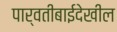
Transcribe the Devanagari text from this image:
पार्वतीबाईदेखील